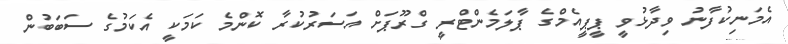
އެމަނިކުފާނު ވިދާޅުވީ ޕީޕީއެމްގެ ޕާލަމެންޓްރީ ގްރޫޕަށް އަސަރުކުރާ ކޮންމެ ކަމަކީ އެކަމުގެ ސަބަބުން